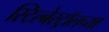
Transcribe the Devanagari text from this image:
स्टिल्बेस्ट्रॉलच्या